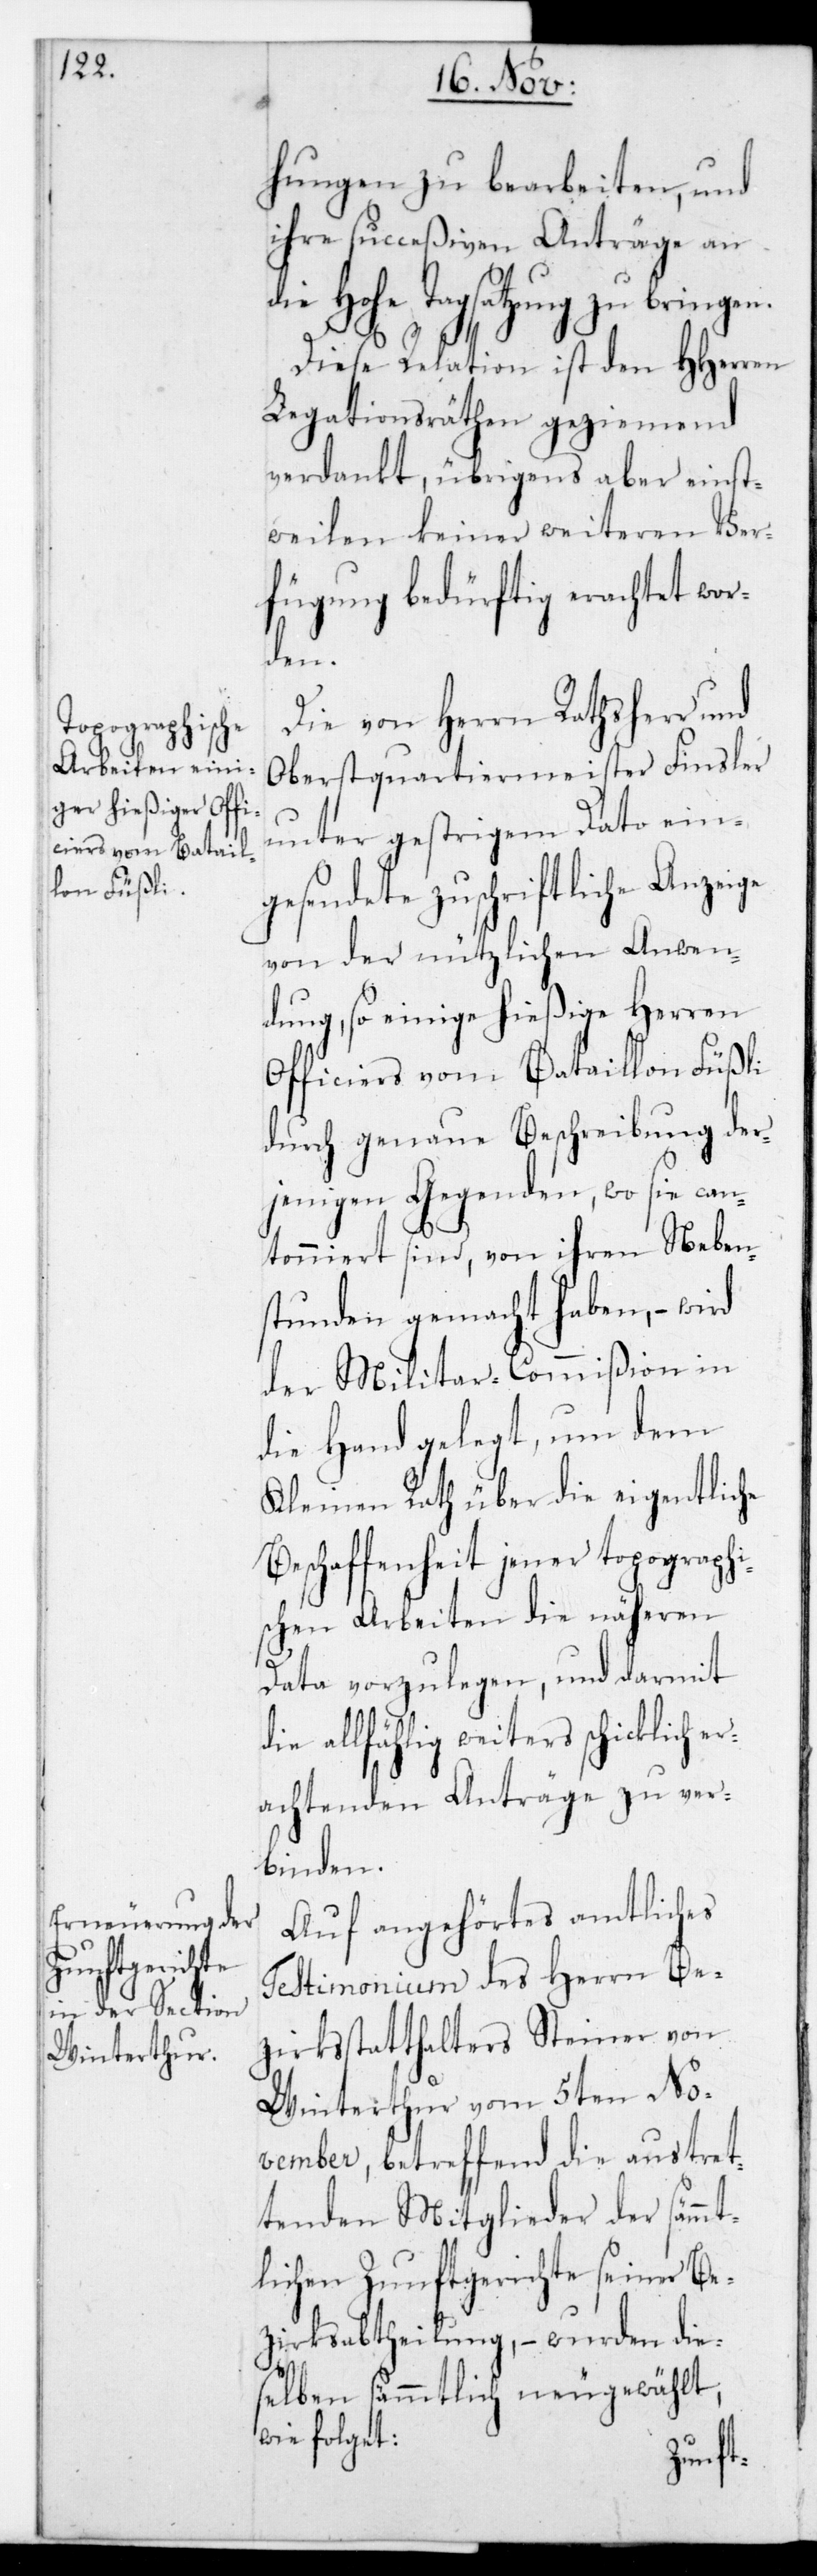
hungen zu bearbeiten, und
ihre succeßiven Anträge an
die Hohe Tagsatzung zu bringe¬
n.
Diese Relation ist den HHerren
Legationsräthen geziemend
verdankt, übrigens aber einst¬
weilen keiner weiteren Ver¬
fügung bedürftig erachtet wor¬
den.
Die von Herrn Rathsherr und
Oberstquartiermeister Finsler
unter gestrigem Dato ein¬
gesendete zuschriftliche Anzeige
von der nützlichen Anwen¬
dung, so einige hießige Herren
Officiers vom Bataillon Füßli
durch genaue Beschreibung der¬
jenigen Gegenden, wo sie can¬
tonniert sind, von ihren Neben¬
stunden gemacht haben, – wird
der Militar-Commißion in
die Hand gelegt, um dem
Kleinen Rath über die eigentliche
Beschaffenheit jener topographi¬
schen Arbeiten die näheren
Data vorzulegen, und darmit
die allfählig weiters schicklich er¬
achtenden Anträge zu ver¬
binden.
Auf angehörtes amtliches
Testimonium des Herrn Be¬
zirksstatthalters Steiner von
Winterthur vom 5ten No¬
vember, betreffend die austret¬
tenden Mitglieder der sämmt¬
lichen Zunftgerichte seiner Be¬
zirksabtheilung, – wurden die¬
selben sämmtlich neugewählt,
wie folget: